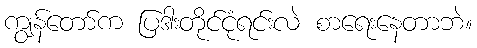
ကျွန်တော်က ပြဒါးတိုင်ငုံရင်းလဲ စာရေးနေတာဘဲ။